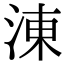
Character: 涷